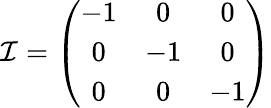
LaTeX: {\cal{I}}=\left({\begin{array}{ccc}{-1}&{0}&{0}\\ {0}&{-1}&{0}\\ {0}&{0}&{-1}\end{array}}\right)